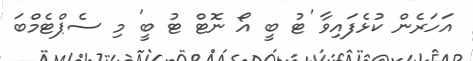
އަހަރެން ކުޅެފައިވާ 'ޓު ބީ އޯ ނޮޓް ޓު ބީ' މި ސެޕްޓެމްބަ